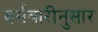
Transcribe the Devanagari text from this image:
वर्गवारीनुसार